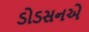
ડોડસનએ